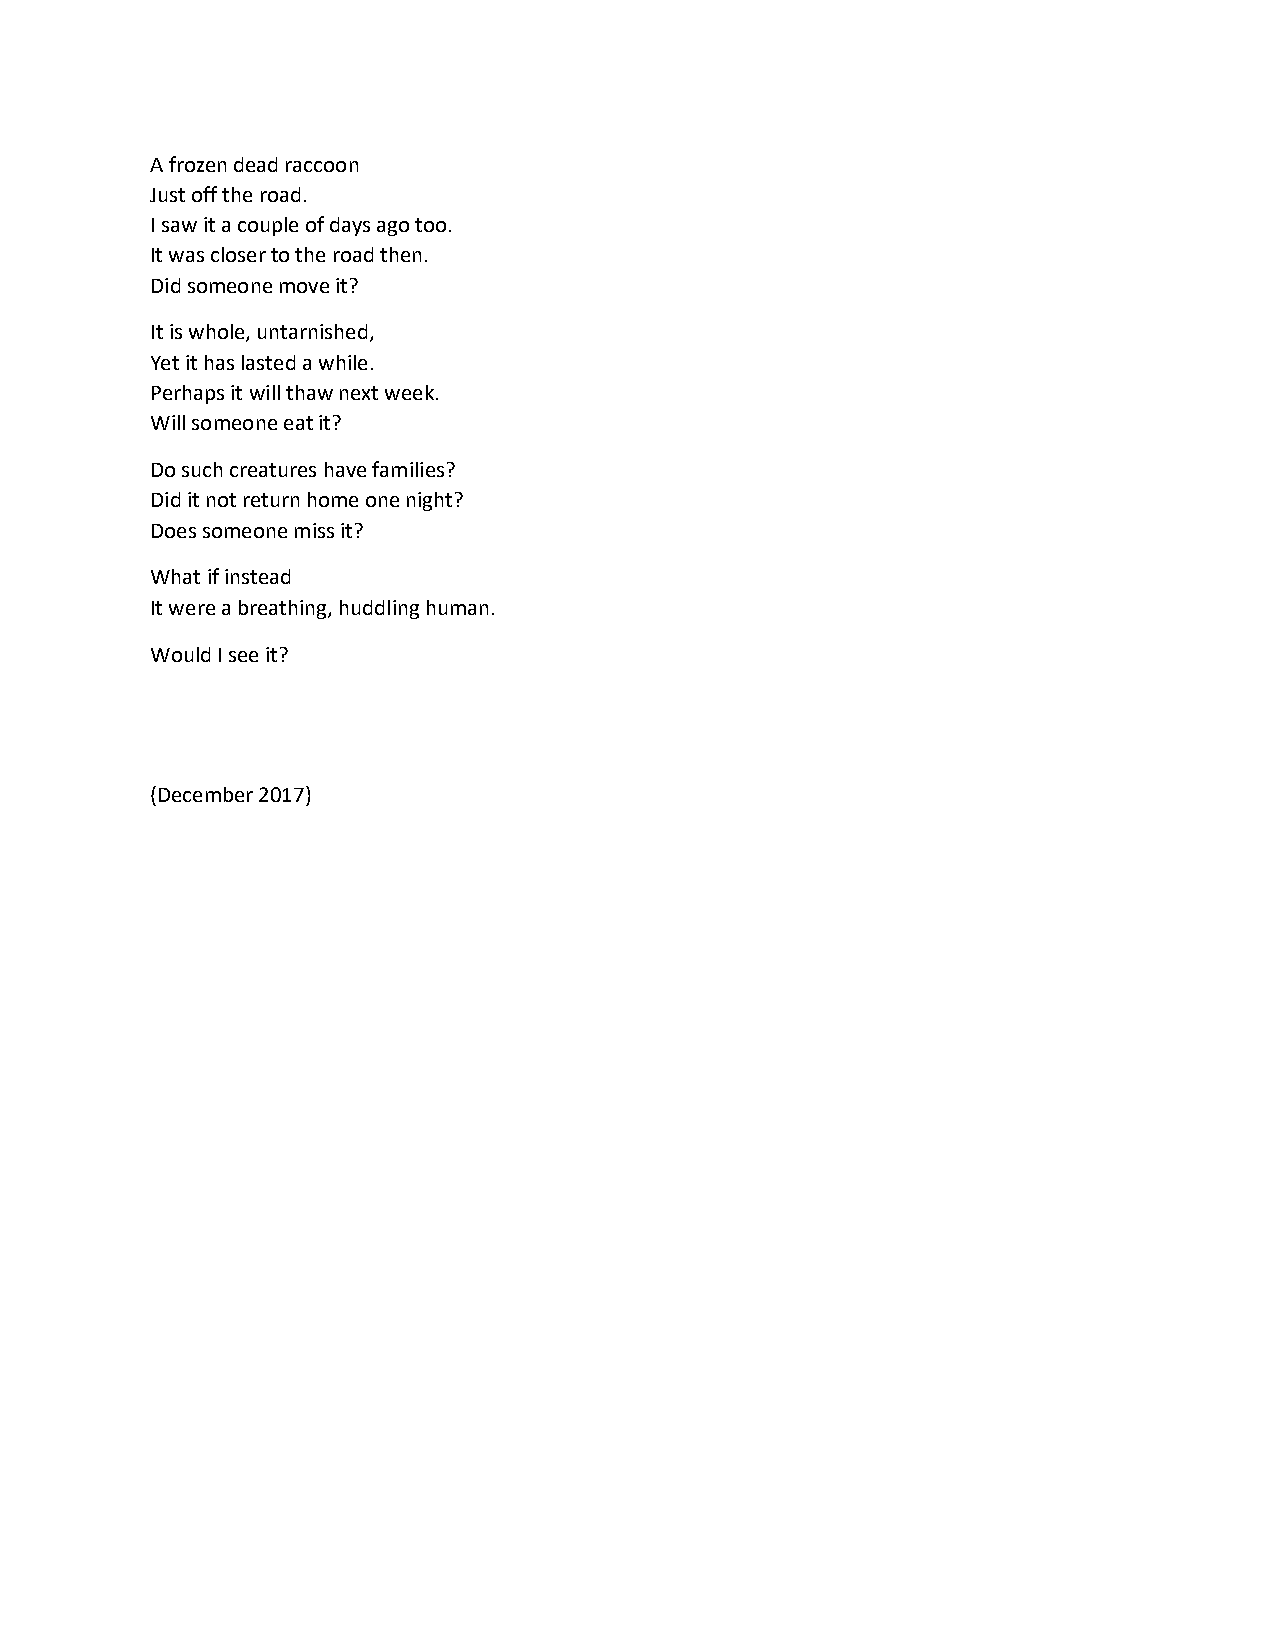
A frozen dead raccoon
 Just off the road.
 I saw it a couple of days ago too.
 It was closer to the road then.
 Did someone move it?
 It is whole, untarnished,
 Yet it has lasted a while.
 Perhaps it will thaw next week.
 Will someone eat it?
 Do such creatures have families?
 Did it not return home one night?
 Does someone miss it?
 What if instead
 It were a breathing, huddling human.
 Would I see it?
 (December 2017)